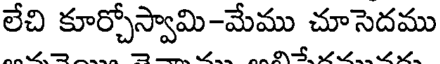
లేచి కూర్చోస్వామి-మేము చూసెదము